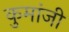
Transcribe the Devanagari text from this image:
कुमांजी